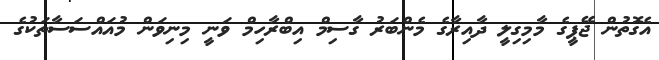
އެގޮތުން ޖޭޕީގެ މާމިގިލީ ދާއިރާގެ މެންބަރު ގާސިމް އިބްރާހިމް ވަނީ މިނިވަން މުއައްސަސާތަކުގެ